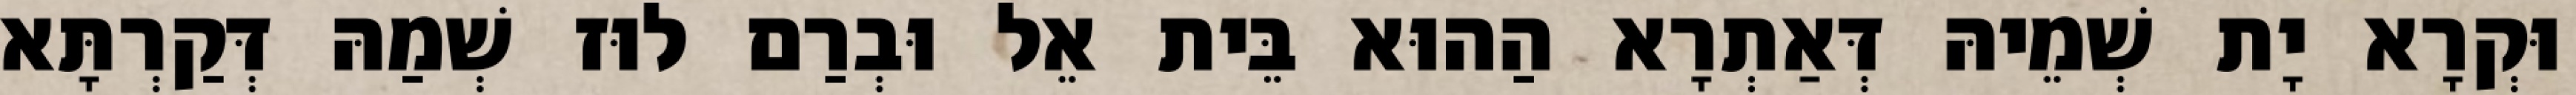
וּקְרָא יָת שְׁמֵיהּ דְּאַתְרָא הַהוּא בֵּית אֵל וּבְרַם לוּז שְׁמַהּ דְּקַרְתָּא